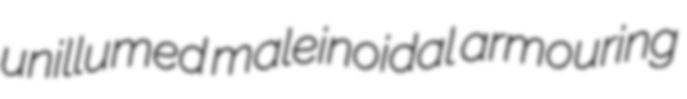
unillumed maleinoidal armouring